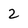
Character: 2